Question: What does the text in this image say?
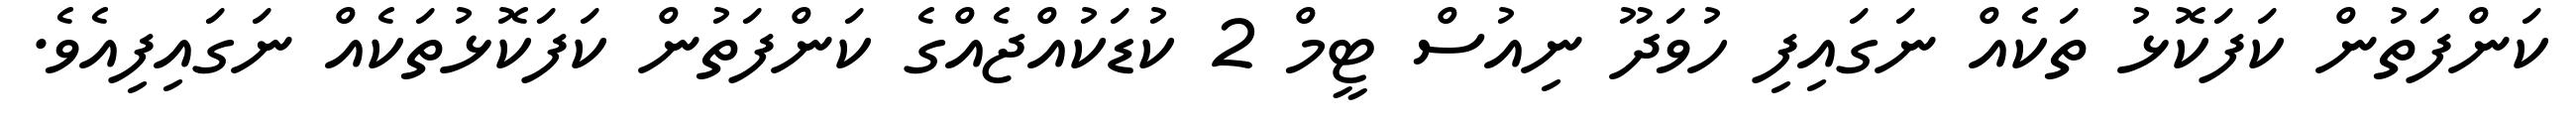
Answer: ކަންފަތުން ކަފަކޮޅު ތަކެއް ނަގައިފި ހުވަދޫ ނިއުސް ޓީމް 2 ކުޑަކުއްޖެއްގެ ކަންފަތުން ކަފަކޮޅުތަކެއް ނަގައިފިއެވެ.